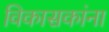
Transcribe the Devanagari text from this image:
विकासकांना